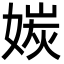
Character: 㛶